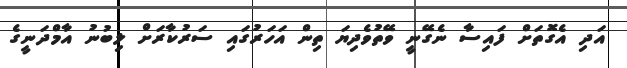
އަދި އެގޮތަށް ފައިސާ ނެގޭނީ ވޭތުވެދިޔަ ތިން އަހަރުގައި ސަރުކާރަށް ލިބުނު އާމްދަނީގެ